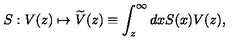
S : V ( z ) \mapsto \widetilde { V } ( z ) \equiv \int _ { z } ^ { \infty } d x S ( x ) V ( z ) ,